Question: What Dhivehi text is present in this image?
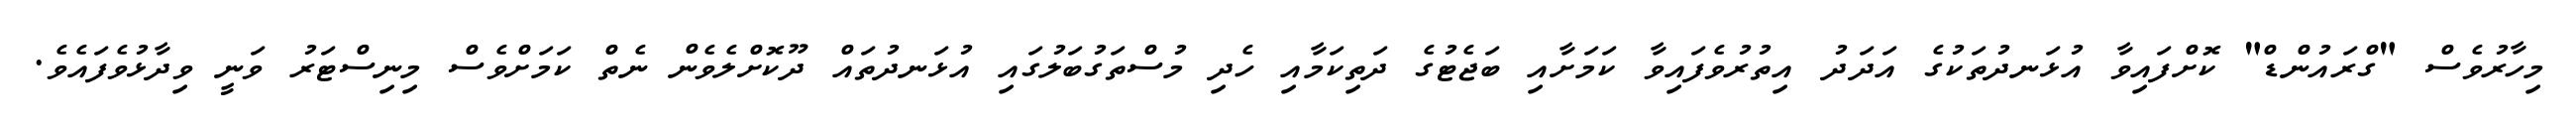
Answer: މިހާރުވެސް "ގްރައުންޑް" ކޮށްފައިވާ އުޅަނދުތަކުގެ އަދަދު އިތުރުވެފައިވާ ކަމަށާއި ބަޖެޓުގެ ދަތިކަމާއި ހެދި މުސްތަގުބަލުގައި އުޅަނދުތައް ދޫކޮށްލެވެން ނެތް ކަމަށްވެސް މިނިސްޓަރު ވަނީ ވިދާޅުވެފައެވެ.